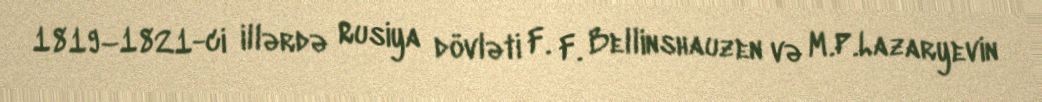
1819–1821-ci illərdə Rusiya dövləti F. F. Bellinshauzen və M.P.Lazaryevin